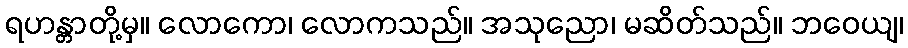
ရဟန္တာတို့မှ။ လောကော၊ လောကသည်။ အသုညော၊ မဆိတ်သည်။ ဘဝေယျ၊